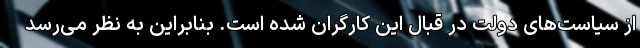
از سیاست‌های دولت در قبال این کارگران شده است. بنابراین به نظر می‌رسد